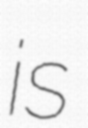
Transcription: is